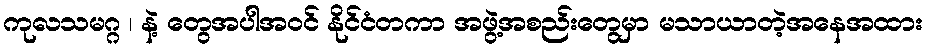
ကုလသမဂ္ဂ ၊ နဲ့ တွေအပါအဝင် နိုင်ငံတကာ အဖွဲ့အစည်းတွေမှာ မသာယာတဲ့အနေအထား